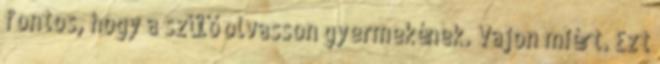
fontos, hogy a szülő olvasson gyermekének. Vajon miért. Ezt